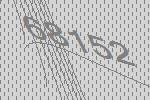
68152